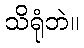
သိရုံဘဲ။